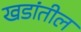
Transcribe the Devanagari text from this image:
खडांतील